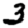
Digit: 3